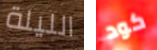
الليلة كود